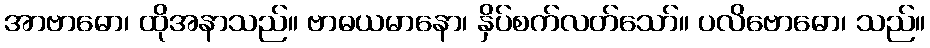
အာဗာဓော၊ ထိုအနာသည်။ ဗာဓယမာနော၊ နှိပ်စက်လတ်သော်။ ပလိဗောဓော၊ သည်။